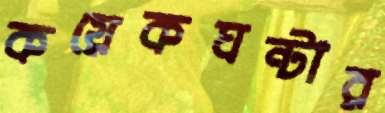
কয়েকঘন্টার